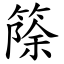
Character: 篨